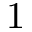
1